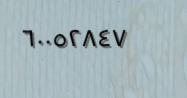
٦٠٠٥٢٨٤٧